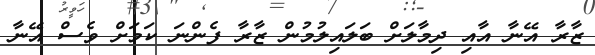
ޒާރާ އޭނާ އާއި ދިމާލަށް ބަލައިލުމުން ޒާރާ ފެންނަ ކަމަށް ވެސް އޭނާ